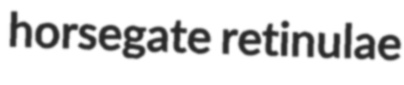
horsegate retinulae